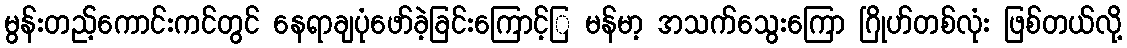
မွန်းတည့်ကောင်းကင်တွင် နေရာချပုံဖော်ခဲ့ခြင်းကြောင့်ြ မန်မာ့ အသက်သွေးကြော ဂြိုဟ်တစ်လုံး ဖြစ်တယ်လို့